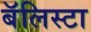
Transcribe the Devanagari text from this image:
बॅलिस्टा